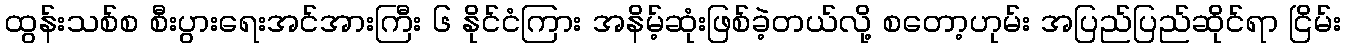
ထွန်းသစ်စ စီးပွားရေးအင်အားကြီး ၆ နိုင်ငံကြား အနိမ့်ဆုံးဖြစ်ခဲ့တယ်လို့ စတော့ဟုမ်း အပြည်ပြည်ဆိုင်ရာ ငြိမ်း